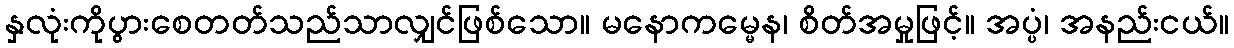
နှလုံးကိုပွားစေတတ်သည်သာလျှင်ဖြစ်သော။ မနောကမ္မေန၊ စိတ်အမှုဖြင့်။ အပ္ပံ၊ အနည်းငယ်။